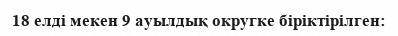
18 елді мекен 9 ауылдық округке біріктірілген: